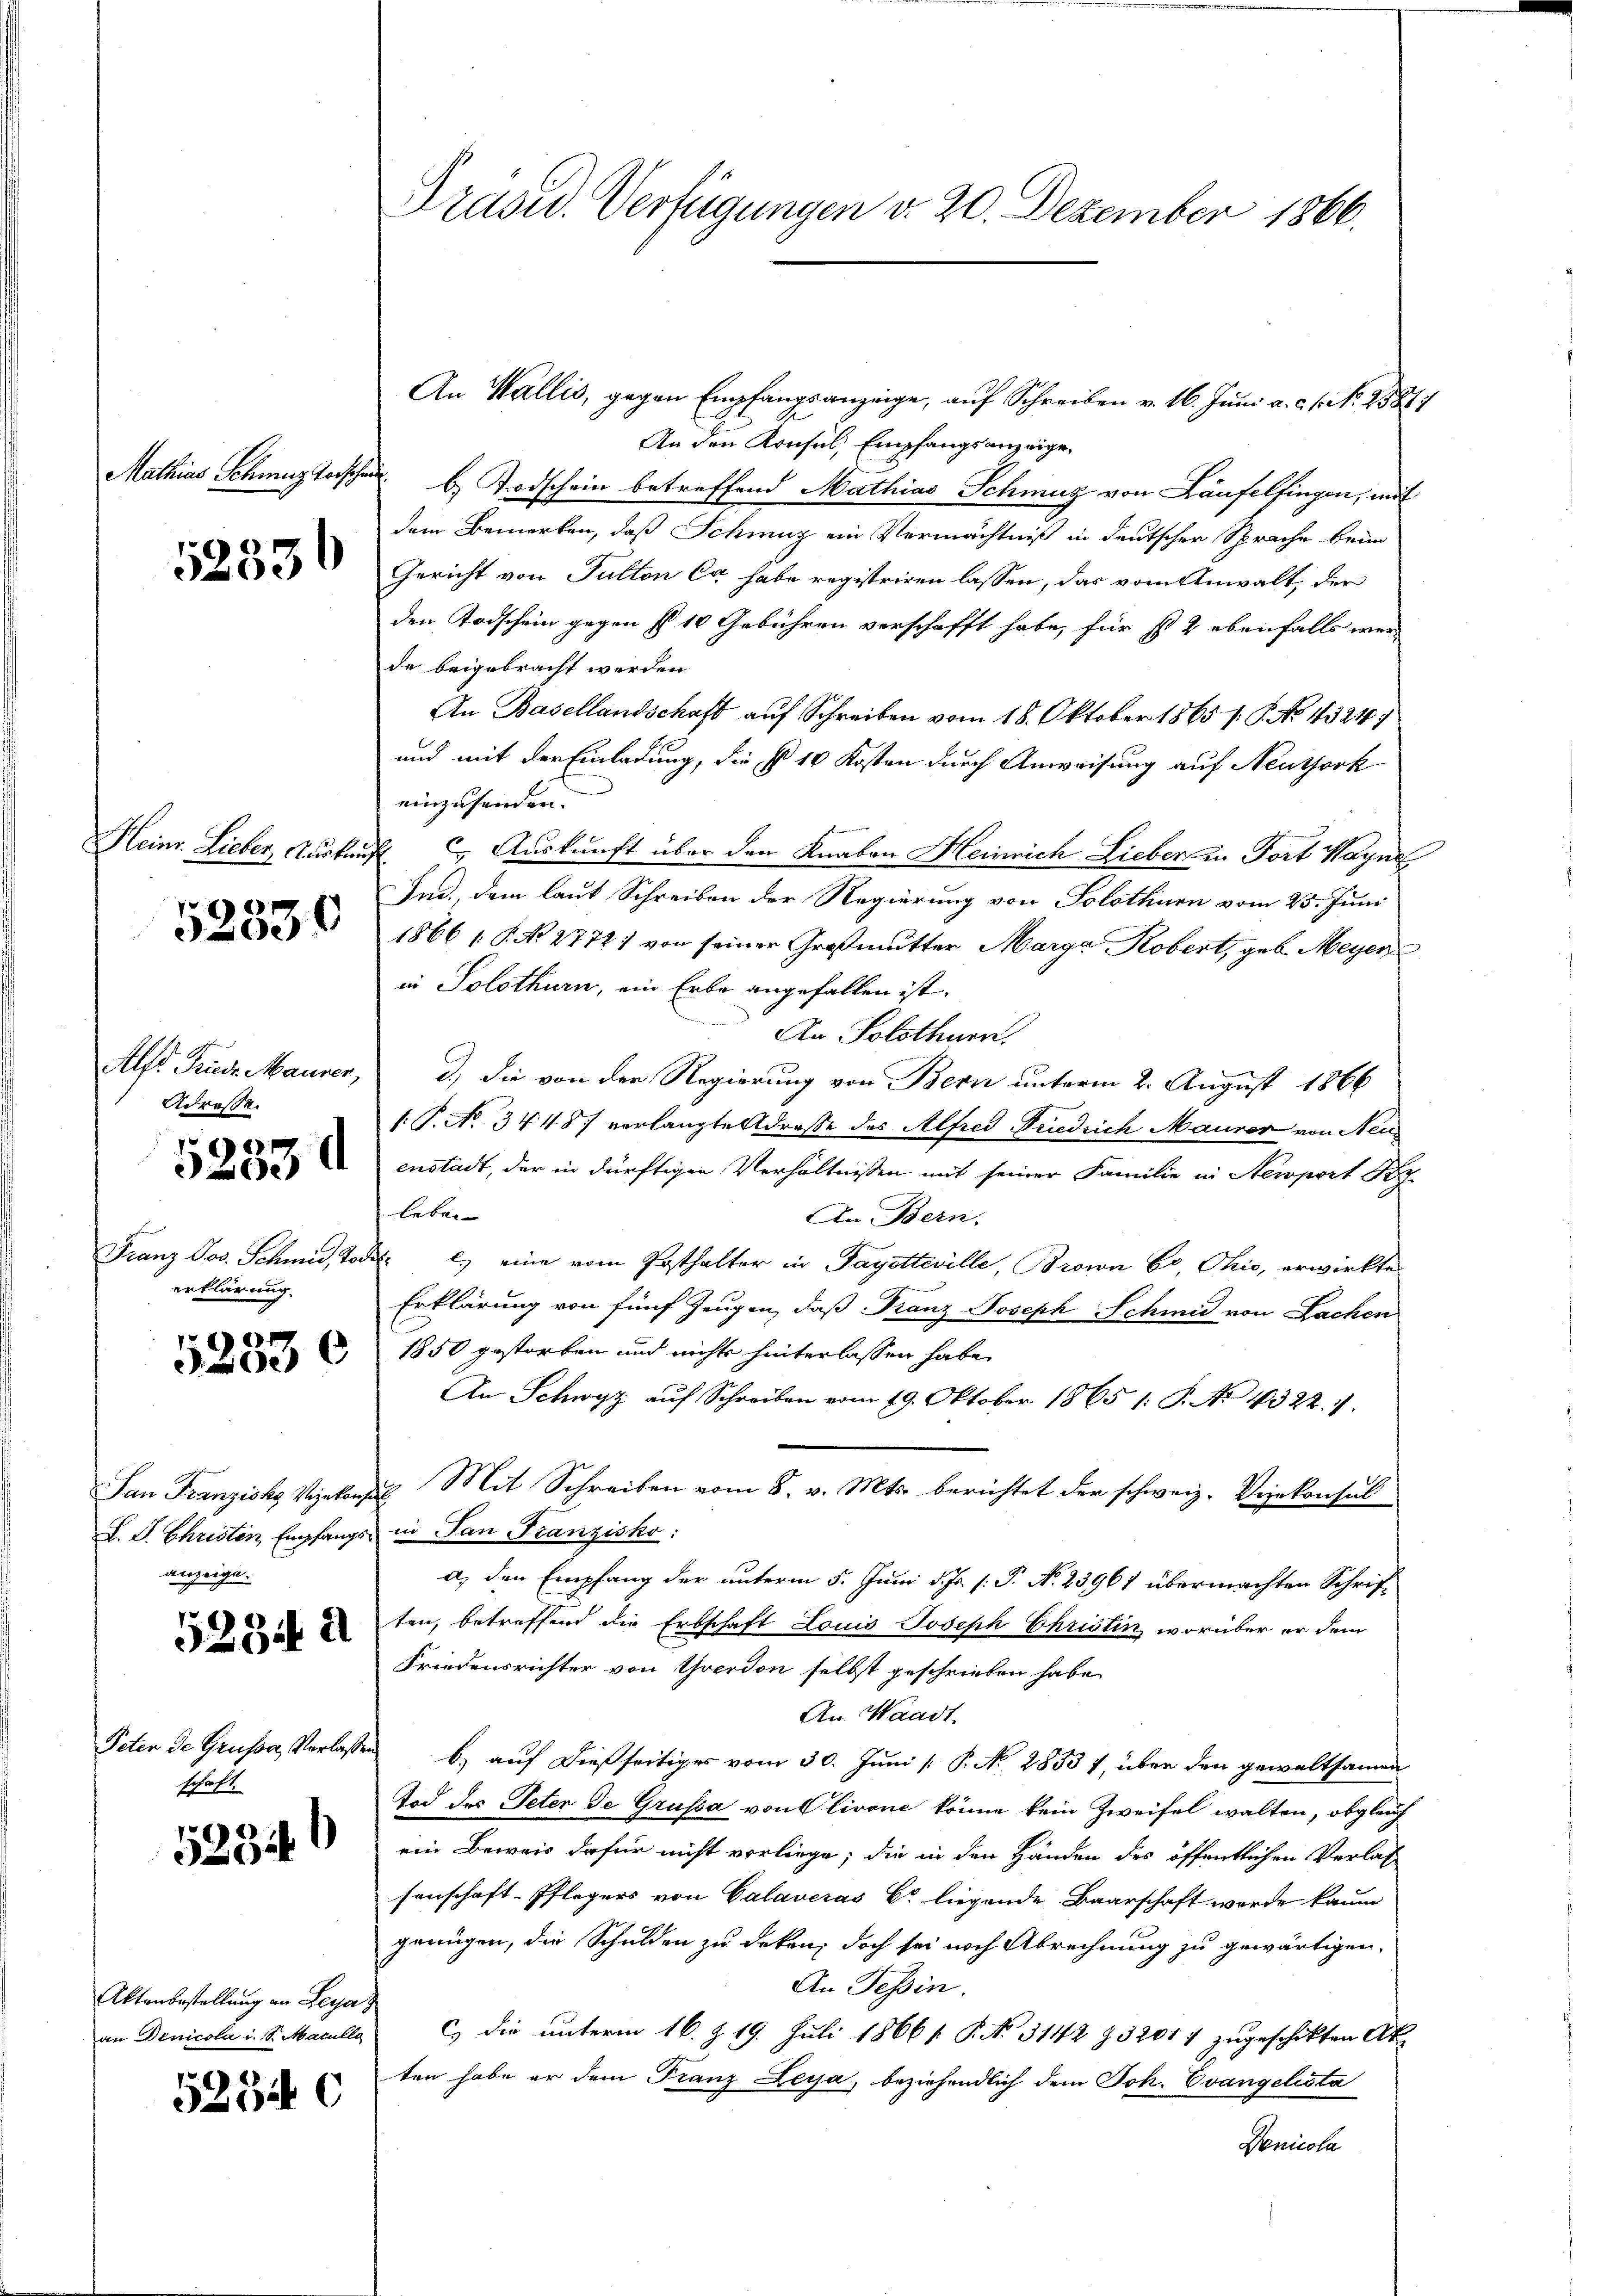
Mathias Schweiz verschau

52336

52330

Adresse.

.
5250 A

t
Franz Jos. Schmid, Jo
erklärung.

52830

anzeige.

5234. 21

Peter de Grüsse, Verlassen
schaft.

5234

Aktenbestellung an Leya
an Denicola i. S. Maculla

52340

Präsid. Verfügungen d. 20. Dezember 1866.

An Wallis, gegen Empfangsanzeige, auf Schreiben v. 16. Juni a. c. s. N. 25871
An den Konsul, Empfangsanzeige.
b) Todschein betreffend Mathias Schmuz von Laufelfingen, mit
dem Bemerken, daß Schmuz ein Vermächtniß in deutscher Sprache beim
Gericht von Fulten Ca habe registriren lassen, das vom Anwalt, der
den Todschein gegen fl. 10 Gebühren verschafft habe, für so 2 ebenfalls wer
de beigebracht werden.
An Basellandschaft auf Schreiben vom 18. Oktober 1865 s. P. No. 4324/
und mit der Einladung, die § 16 Kosten durch Anweisung auf Neuthork
einzusenden.
Heinr. Lieber, Auskauf 2. Auskunft über den Knaben Heinrich Lieber in Fort Wagne
Ind., dem laut Schreiben der Regierung von Solothurn vom 25. Juni
1866 [ P. No. 2772) von seiner Großmutter Marga Kobert, geb. Meyer
in Solothurn, ein Erbe angefallen ist.
An Solothurn.
Alft Pruse Maurer, 3) die von der Regierung von Bern unterm 2. August 1866
1 P. No. 34487 verlangte Adresse des Alfred Friedrich Maurer von Neuenstadt, der in dürftigen Verhältnissen mit seiner Familie in Nemport der
leben- |
An Bern.
der l. eine vom Posthalter in Payetteville, Brown Eo, Ohio, erwirkte
Erklärung von fünf Zeugen, daß Franz Joseph Schmid von Lachen
1850 gestorben und nichts hinterlassen habe,
An Schwyz auf Schreiben vom 19. Oktober 1865 1: P. No. 4322. 1.
San Franziska Vizekonsul Mit Schreiben vom 8. v. Mts. berichtet der schweiz. Vizekonsul
L. J. Christen Empfangs in San Franzisko:
a) den Empfang der unterm 5. Juni d. Js. s. P. N. 23961 übermachten Schriften, betreffend die Erbschaft Louis Joseph Christin, worüber er dem
Friedensrichter von Yverdon selbst geschrieben habe.
An Waadt.
b) auf dießseitiges vom 30. Juni [ P. No. 2853 7, über den gewaltsamen
Tod des Peter de Grussa von Olivone könne kein Zweifel walten, obgleich
ein Beweis dafür nicht vorliege; die in den Händen des öffentlichen Verlas
senschaft-Pflegers von Calaveras Er liegende Baarschaft werde kaum
genügen, die Schulden zu deken, doch sei noch Abrechnung zu gewärtigen.
An Tessin.
c.) Die unterm 16. Z. 19. Juli 1866 /: P. Nr. 3142 § 32017 zugeschikten Ak
ten habe er dem Franz Leya, beziehendlich dem Joh. Evangelista
Denicola